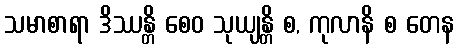
သမာစာရာ ဒိဿန္တိ စေဝ သုယျန္တိ စ, ကုလာနိ စ တေန